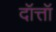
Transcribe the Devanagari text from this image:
दॉत्तॉ